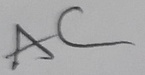
Text: AC